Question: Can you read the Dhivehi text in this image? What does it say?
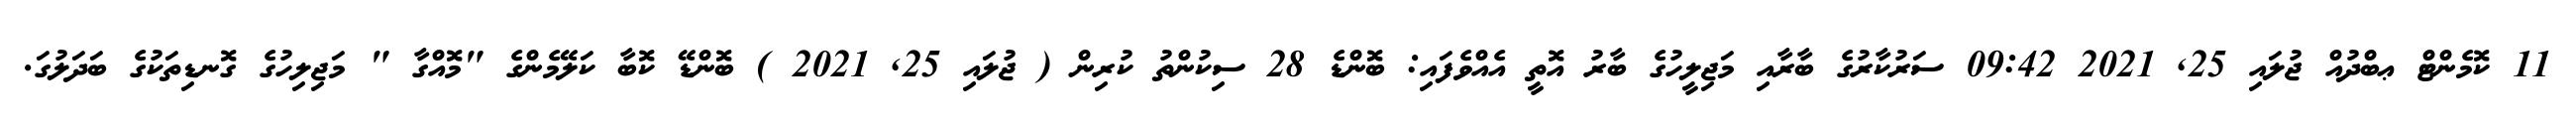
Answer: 11 ކޮމެންޓް ޢބްދުއް ޖުލައި 25, 2021 09:42 ސަރުކާރުގެ ބާރާއި މަޖިލީހުގެ ބާރު އޮތީ އެއްވެފައި: ބޮންޑެ 28 ސިކުންތު ކުރިން ( ޖުލައި 25, 2021 ) ބޮންޑޭ ކޮބާ ކަލޭމެންގެ "މޮއްގާ " މަޖިލިހުގެ ގޮނޑިތަކުގެ ބަދަލުގަ.